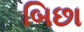
બિછા